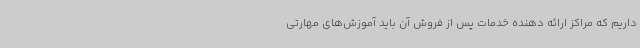
داریم که مراکز ارائه دهنده خدمات پس از فروش آن باید آموزش‌های مهارتی